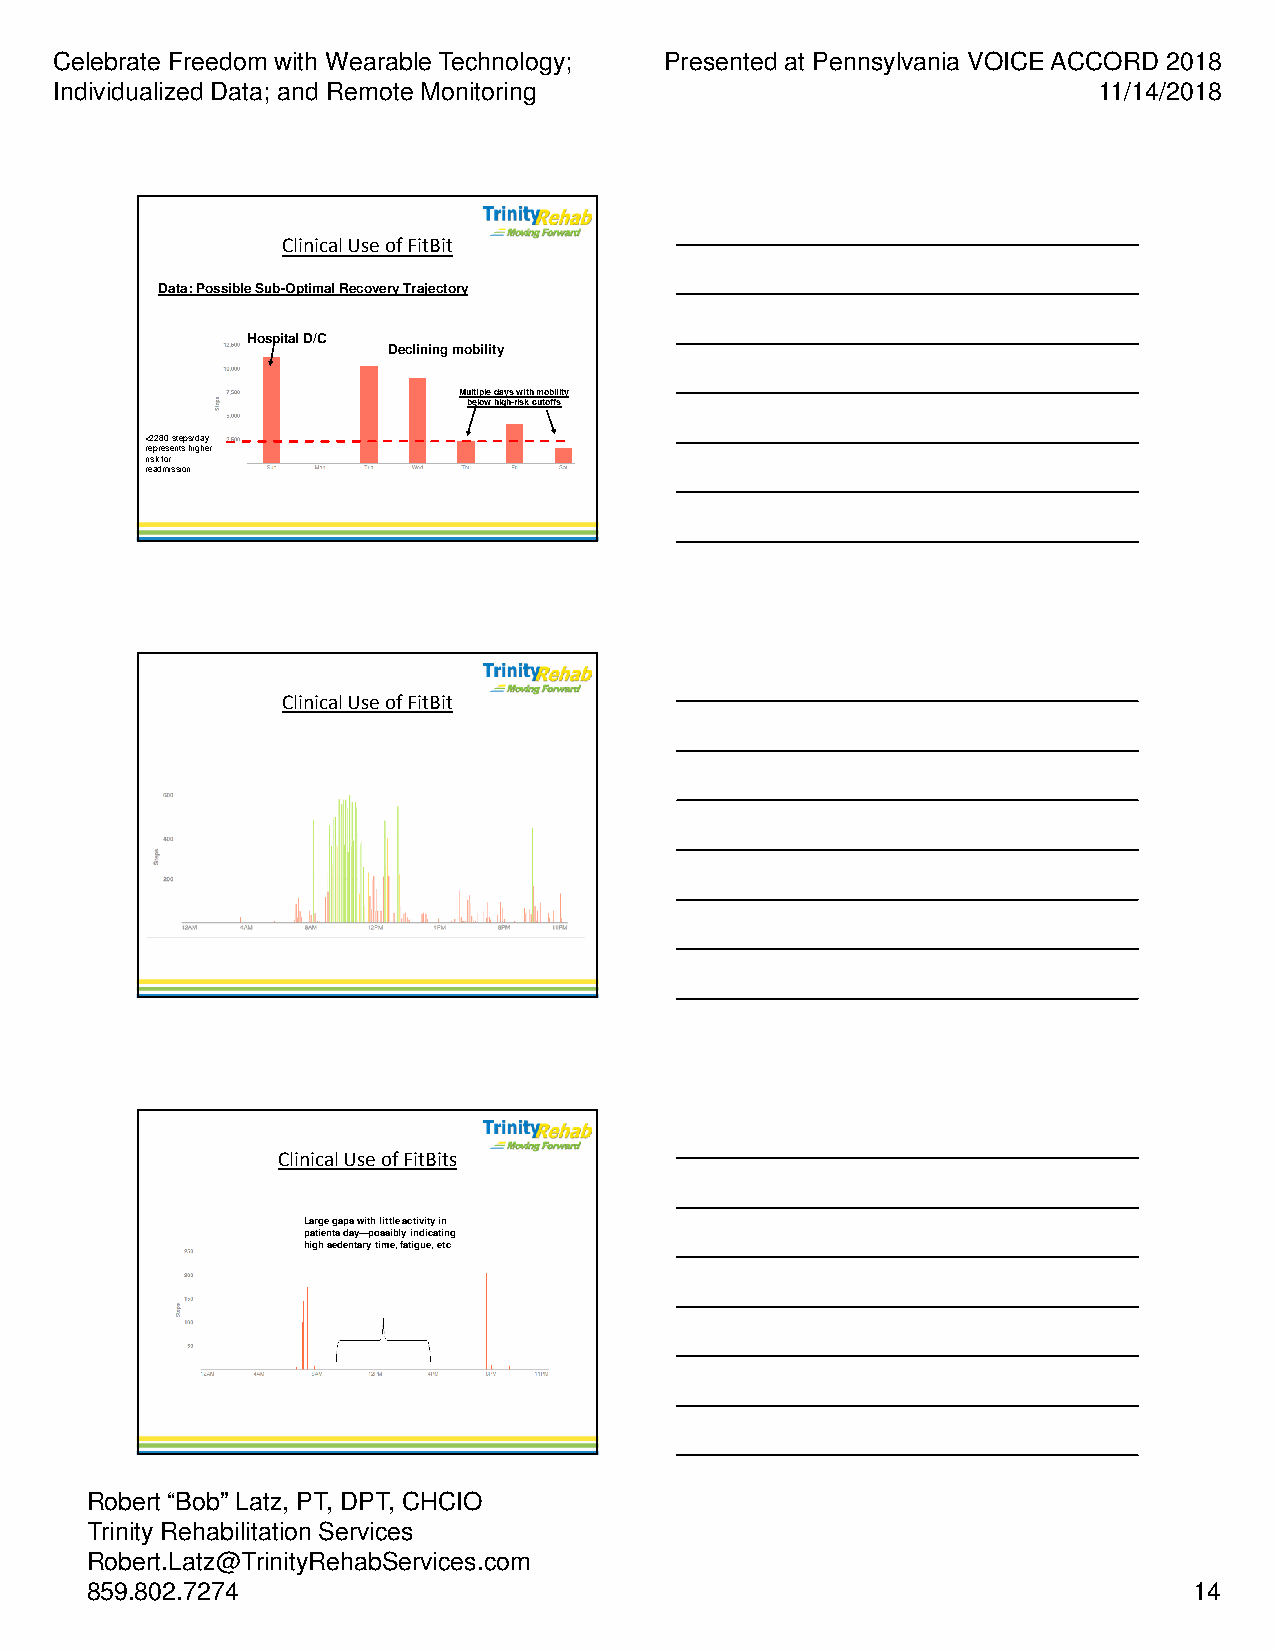
Celebrate Freedom with Wearable Technology; Presented at Pennsylvania VOICE ACCORD 2018
 Individualized Data; and Remote Monitoring                           11/14/2018
 Clinical Use of FitBit
 Data: Possible Sub-Optimal Recovery Trajectory
 Hospital D/C
 Declining mobility
 Multiple days with mobility
 below high-risk cutoffs
 <2280 steps/day
 represents higher
 risk for
 readmission
 Clinical Use of FitBit
 Clinical Use of FitBits
 Large gaps with little activity in
 patients day—possibly indicating
 high sedentary time, fatigue, etc
 Robert “Bob” Latz, PT, DPT, CHCIO
 Trinity Rehabilitation Services
 Robert.Latz@TrinityRehabServices.com
 859.802.7274                                                             14